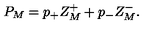
P _ { M } = p _ { + } Z _ { M } ^ { + } + p _ { - } Z _ { M } ^ { - } .